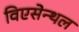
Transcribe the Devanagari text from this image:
विएसेन्थल